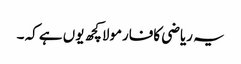
یہ ریاضی کافارمولاکچھ یوں ہے کہ ۔